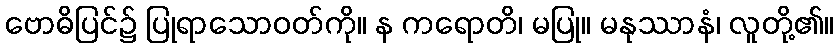
ဗောဓိပြင်၌ ပြုရာသောဝတ်ကို။ န ကရောတိ၊ မပြု။ မနုဿာနံ၊ လူတို့၏။